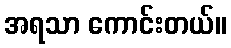
အရသာ ကောင်းတယ်။